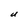
Character: U